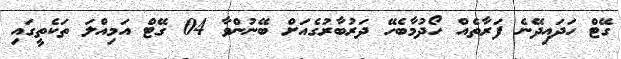
ގޭޓް ހަދައިދޭނެ ފަރާތެއް ހޯދުމާބެހޭ ދަރުބާރުގެއަށް ބޭނުންވާ 04 ގޭޓް އަމިއްލަ ތަކެތީގައި